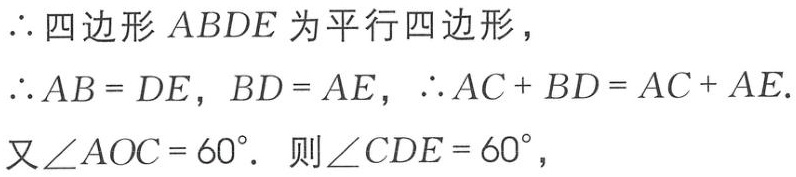
$\therefore 四边形ABDE为平行四边形，\\
\therefore AB = DE，BD = AE，\therefore AC + BD = AC + AE.\\
又\angle AOC = 60^{\circ}。则\angle CDE = 60^{\circ}，$